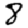
Digit: 8